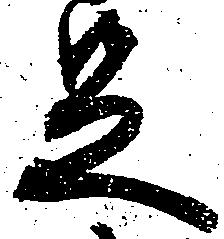
足